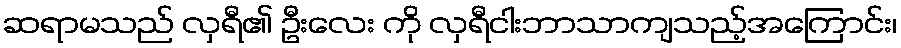
ဆရာမသည် လှရီ၏ ဦးလေး ကို လှရီငါးဘာသာကျသည့်အကြောင်း၊